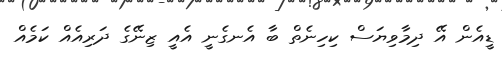
ޑީއެން އޭ ދިމާވިޔަސް ކިހިނެތް ބާ އެނގެނީ އެއީ ޒިނޭގެ ދަރިއެއް ކަމެއް